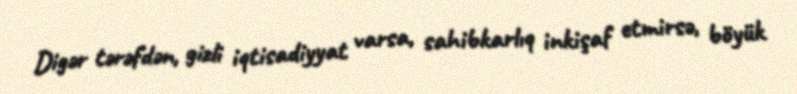
Digər tərəfdən, gizli iqtisadiyyat varsa, sahibkarlıq inkişaf etmirsə, böyük